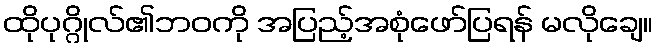
ထိုပုဂ္ဂိုလ်၏ဘဝကို အပြည့်အစုံဖော်ပြရန် မလိုချေ။